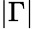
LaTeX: \left|\Gamma\right|